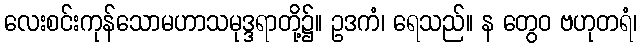
လေးစင်းကုန်သောမဟာသမုဒ္ဒရာတို့၌။ ဥဒကံ၊ ရေသည်။ န တွေဝ ဗဟုတရံ၊